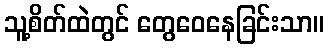
သူ့စိတ်ထဲတွင် တွေဝေနေခြင်းသာ။